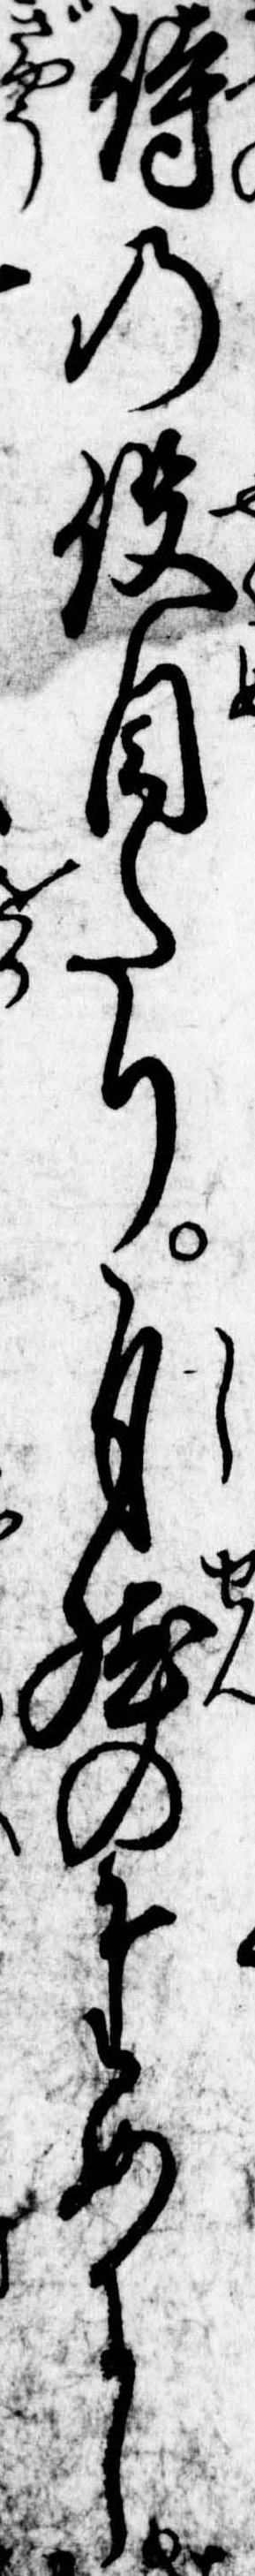
侍の役目たり自然のために